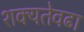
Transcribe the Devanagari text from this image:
शक्यतेवढा